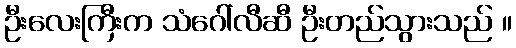
ဦးလေးကြီးက သံဂေါ်လီဆီ ဦးတည်သွားသည် ။